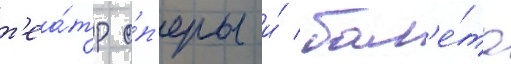
т'еа́тр о́п'еры и́ бал'е́та